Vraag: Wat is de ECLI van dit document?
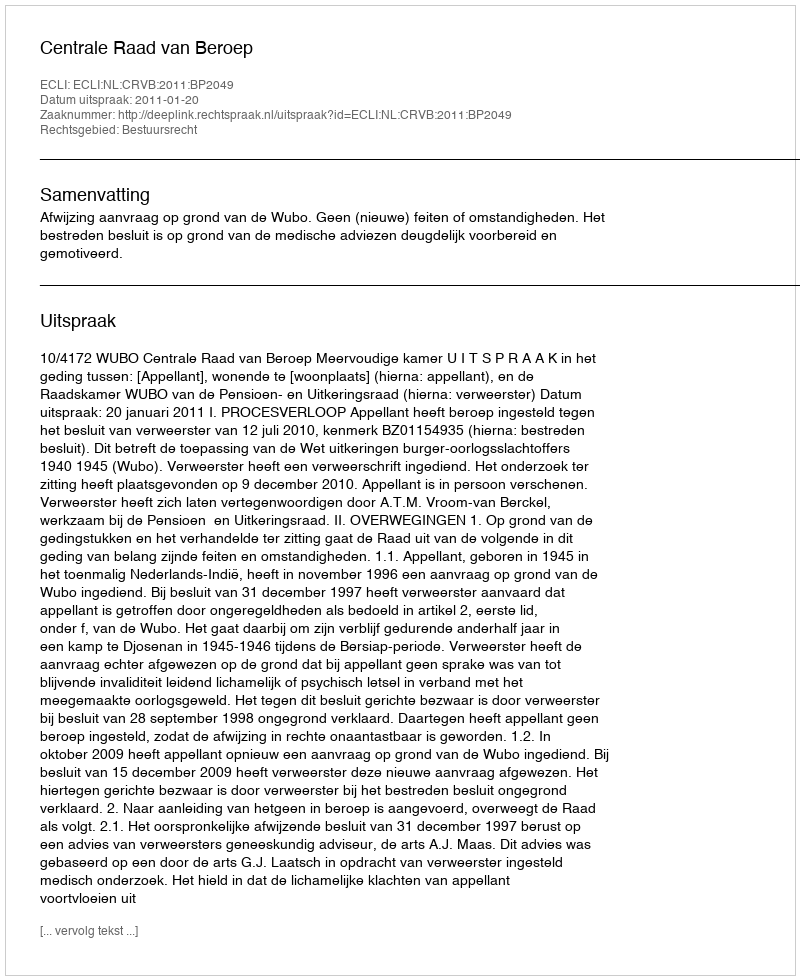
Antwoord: ECLI:NL:CRVB:2011:BP2049